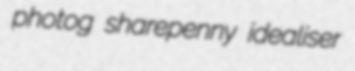
photog sharepenny idealiser